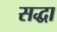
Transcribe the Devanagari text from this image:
सद्धा